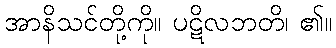
အာနိသင်တို့ကို။ ပဋိလဘတိ၊ ၏။